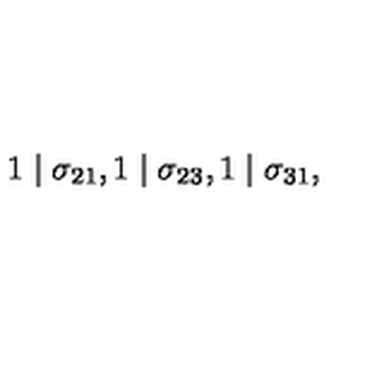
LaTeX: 1 \mid \sigma _ { 2 1 } , 1 \mid \sigma _ { 2 3 } , 1 \mid \sigma _ { 3 1 } ,